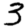
Digit: 3